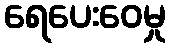
ရေပေးဝေမှု